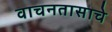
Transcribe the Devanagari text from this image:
वाचनतासाचे